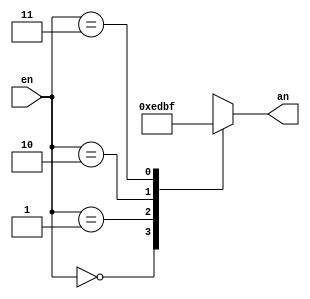
`timescale 1ns / 1ps

module Decoder(
    input[1:0] en,
    output reg [3:0] an //changed from regular output to register
    );
    
    always @(en) //this is basically a counter that will go from 0 to 3
        begin
        case(en)
        0: an=4'b1110;
        1: an=4'b1101;
        2: an=4'b1011;
        3: an=4'b1111;
        endcase
        end
    
endmodule